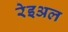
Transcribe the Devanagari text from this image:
रेइअल